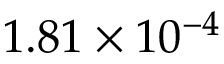
1 . 8 1 \times 1 0 ^ { - 4 }